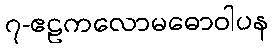
၇-ဧဠကလောမဓောဝါပန